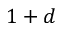
1 + d